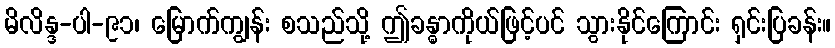
မိလိန္ဒ-ပါ-၉၁၊ မြောက်ကျွန်း စသည်သို့ ဤခန္ဓာကိုယ်ဖြင့်ပင် သွားနိုင်ကြောင်း ရှင်းပြခန်း။